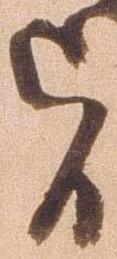
旨